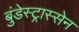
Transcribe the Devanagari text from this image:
बुंडेस्ट्रास्सेन